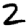
Digit: 2